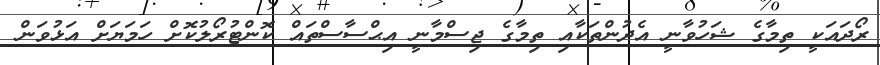
ރޯދައަކީ ތިމާގެ ޝަހުވާނީ އެދުންތަކާއި ތިމާގެ ޖިސްމާނީ އިޙްސާސްތައް ކޮންޓުރޯލުކޮށް ހަމަޔަށް އަޅުވަން